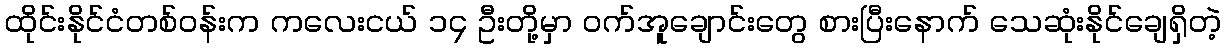
ထိုင်းနိုင်ငံတစ်ဝန်းက ကလေးငယ် ၁၄ ဦးတို့မှာ ဝက်အူချောင်းတွေ စားပြီးနောက် သေဆုံးနိုင်ချေရှိတဲ့